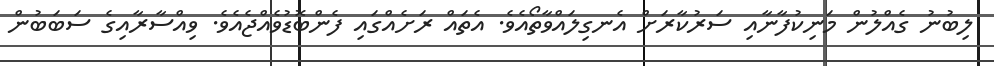
ލިބުނު ގެއްލުން މަނިކުފާނާއި ސަރުކާރަށް އެނގިލައްވާތޯއެވެ. އެތައް ރަށެއްގައި ފެންބޮޑުވެއްޖެއެވެ. ވިއްސާރާއިގެ ސަބަބުން